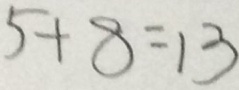
5 + 8 = 1 3